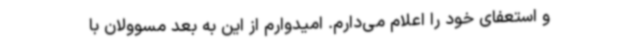
و استعفای خود را اعلام می‌دارم. امیدوارم از این به بعد مسوولان با